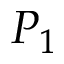
P _ { 1 }